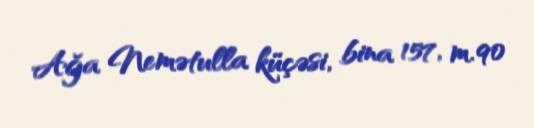
Ağa Nemətulla küçəsi, bina 157, m. 90